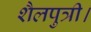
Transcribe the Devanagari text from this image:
शैलपुत्री।